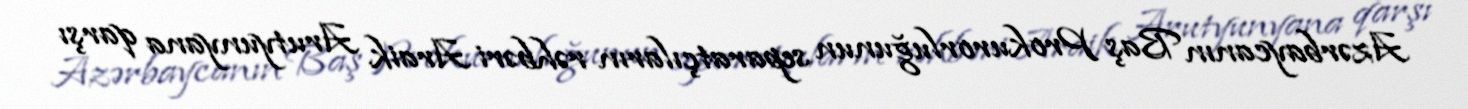
Azərbaycanın Baş Prokurorluğunun separatçıların rəhbəri Araik Arutyunyana qarşı